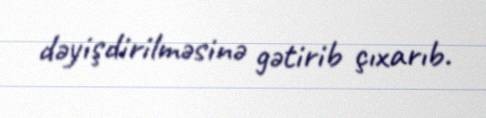
dəyişdirilməsinə gətirib çıxarıb.